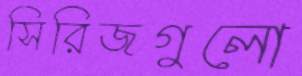
সিরিজগুলো